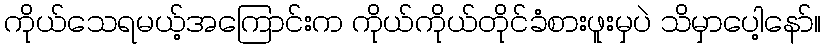
ကိုယ်သေရမယ့်အကြောင်းက ကိုယ်ကိုယ်တိုင်ခံစားဖူးမှပဲ သိမှာပေါ့နော်။